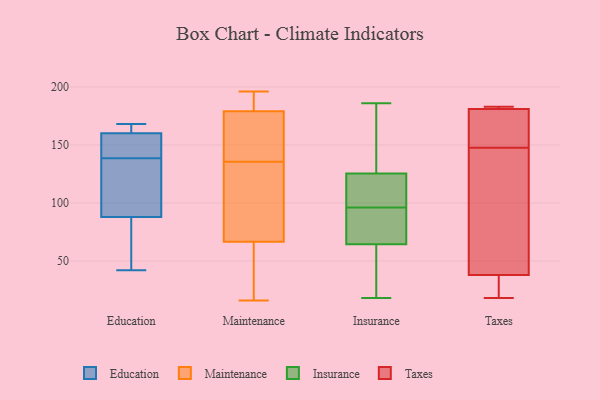
{"axis": {"x": "Temperature (°C)", "y": "Value"}, "legend": ["Education", "Insurance", "Maintenance", "Taxes"], "data": [{"x": "", "y": 90, "type": "Education"}, {"x": "", "y": 160, "type": "Education"}, {"x": "", "y": 149, "type": "Education"}, {"x": "", "y": 168, "type": "Education"}, {"x": "", "y": 161, "type": "Education"}, {"x": "", "y": 88, "type": "Education"}, {"x": "", "y": 152, "type": "Education"}, {"x": "", "y": 43, "type": "Education"}, {"x": "", "y": 42, "type": "Education"}, {"x": "", "y": 128, "type": "Education"}, {"x": "", "y": 193, "type": "Maintenance"}, {"x": "", "y": 159, "type": "Maintenance"}, {"x": "", "y": 41, "type": "Maintenance"}, {"x": "", "y": 17, "type": "Maintenance"}, {"x": "", "y": 183, "type": "Maintenance"}, {"x": "", "y": 58, "type": "Maintenance"}, {"x": "", "y": 16, "type": "Maintenance"}, {"x": "", "y": 196, "type": "Maintenance"}, {"x": "", "y": 90, "type": "Maintenance"}, {"x": "", "y": 139, "type": "Maintenance"}, {"x": "", "y": 68, "type": "Maintenance"}, {"x": "", "y": 95, "type": "Maintenance"}, {"x": "", "y": 100, "type": "Maintenance"}, {"x": "", "y": 136, "type": "Maintenance"}, {"x": "", "y": 65, "type": "Maintenance"}, {"x": "", "y": 175, "type": "Maintenance"}, {"x": "", "y": 135, "type": "Maintenance"}, {"x": "", "y": 172, "type": "Maintenance"}, {"x": "", "y": 186, "type": "Maintenance"}, {"x": "", "y": 184, "type": "Maintenance"}, {"x": "", "y": 186, "type": "Insurance"}, {"x": "", "y": 63, "type": "Insurance"}, {"x": "", "y": 46, "type": "Insurance"}, {"x": "", "y": 148, "type": "Insurance"}, {"x": "", "y": 65, "type": "Insurance"}, {"x": "", "y": 88, "type": "Insurance"}, {"x": "", "y": 118, "type": "Insurance"}, {"x": "", "y": 105, "type": "Insurance"}, {"x": "", "y": 18, "type": "Insurance"}, {"x": "", "y": 105, "type": "Insurance"}, {"x": "", "y": 96, "type": "Insurance"}, {"x": "", "y": 167, "type": "Insurance"}, {"x": "", "y": 96, "type": "Insurance"}, {"x": "", "y": 129, "type": "Taxes"}, {"x": "", "y": 181, "type": "Taxes"}, {"x": "", "y": 38, "type": "Taxes"}, {"x": "", "y": 140, "type": "Taxes"}, {"x": "", "y": 159, "type": "Taxes"}, {"x": "", "y": 183, "type": "Taxes"}, {"x": "", "y": 155, "type": "Taxes"}, {"x": "", "y": 182, "type": "Taxes"}, {"x": "", "y": 24, "type": "Taxes"}, {"x": "", "y": 18, "type": "Taxes"}]}